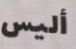
أليس